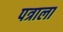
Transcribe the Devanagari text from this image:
पत्राला